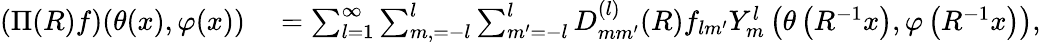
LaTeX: \begin{array}{rl}{(\Pi(R)f)(\theta(x),\varphi(x))}&{{}=\sum_{l=1}^{\infty}\sum_{m,=-l}^{l}\sum_{m^{\prime}=-l}^{l}D_{mm^{\prime}}^{(l)}(R)f_{lm^{\prime}}Y_{m}^{l}\left(\theta\left(R^{-1}x\right),\varphi\left(R^{-1}x\right)\right),}\end{array}